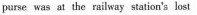
purse was at the railway station's lost